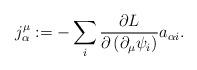
LaTeX: \begin{align*}j_{\alpha }^{\mu }:=-\sum_{i}\frac{\partial L}{\partial \left( \partial_{\mu }\psi _{i}\right) }a_{\alpha i}. \end{align*}